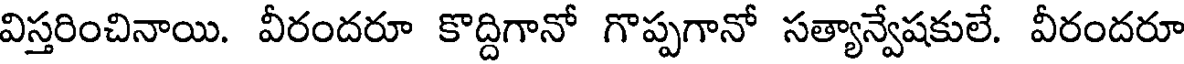
విస్తరించినాయి. వీరందరూ కొద్దిగానో గొప్పగానో సత్యాన్వేషకులే. వీరందరూ